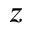
z